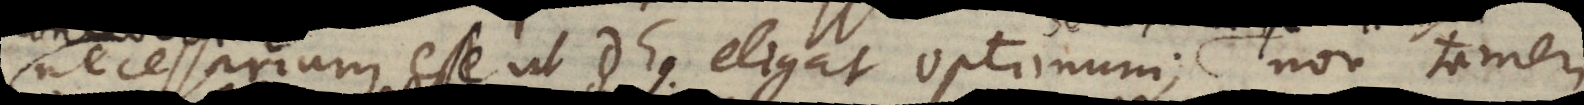
necessarium esse ut Deus eligat optimum; non tamen